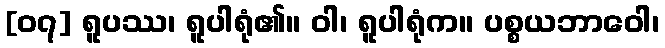
[၀၇] ရူပဿ၊ ရူပါရုံ၏။ ဝါ၊ ရူပါရုံက။ ပစ္စယဘာဝေါ၊